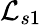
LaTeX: \mathcal{L}_{s1}